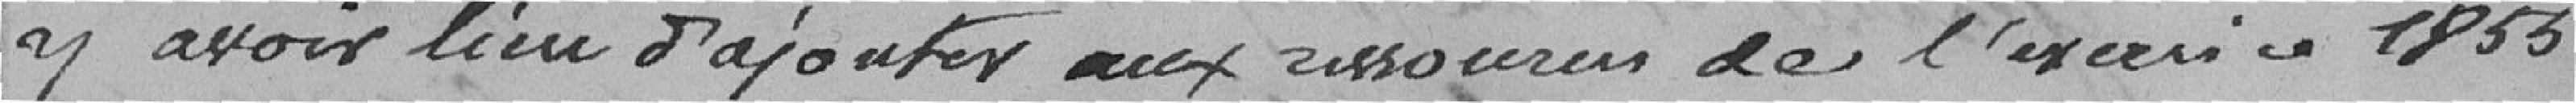
y avoir lieu d'ajouter aux ressources de l'exercice 1855